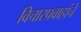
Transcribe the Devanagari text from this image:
विचारप्रवाहांचे